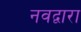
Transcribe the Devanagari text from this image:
नवद्वारा